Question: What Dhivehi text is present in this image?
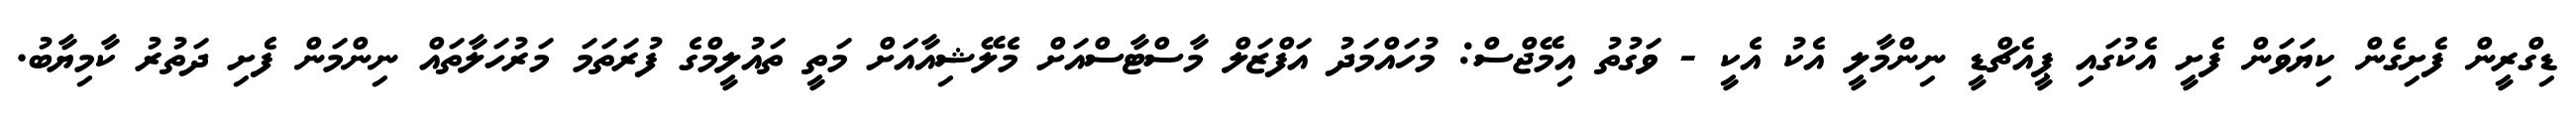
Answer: ޑިގްރީން ފެށިގެން ކިޔަވަން ފެށީ އެކުގައި ޕީއެޗްޑީ ނިންމާލީ އެކު އެކީ - ވަގުތު އިމޭޖްސް: މުހައްމަދު އަފްޒަލް މާސްޓާސްއަށް މެލޭޝިއާއަށް މަތީ ތައުލީމްގެ ފުރަތަމަ މަރުހަލާތައް ނިންމަން ފެށި ދަތުރު ކާމިޔާބު.